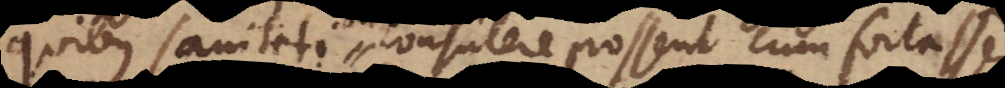
quibus sanitati consulere possent, cum fortasse